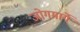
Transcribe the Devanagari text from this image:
जोगमार्गे